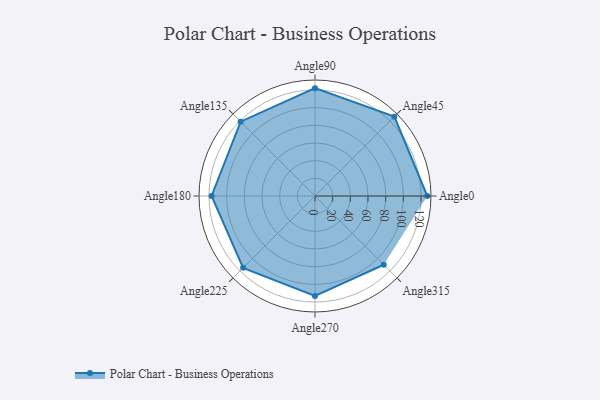
{"axis": {"x": "Angle", "y": "Radius"}, "legend": [""], "data": [{"x": "Angle0", "y": 127.0, "type": ""}, {"x": "Angle45", "y": 127.0, "type": ""}, {"x": "Angle90", "y": 122.0, "type": ""}, {"x": "Angle135", "y": 119.0, "type": ""}, {"x": "Angle180", "y": 117.0, "type": ""}, {"x": "Angle225", "y": 115.0, "type": ""}, {"x": "Angle270", "y": 113.0, "type": ""}, {"x": "Angle315", "y": 110.0, "type": ""}]}